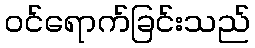
ဝင်ရောက်ခြင်းသည်